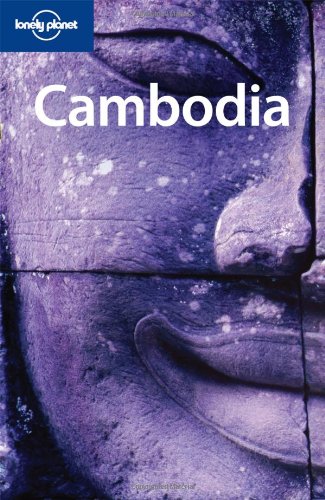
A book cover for Lonely Planet Cambodia (Country Travel Guide); Nick Ray; Travel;